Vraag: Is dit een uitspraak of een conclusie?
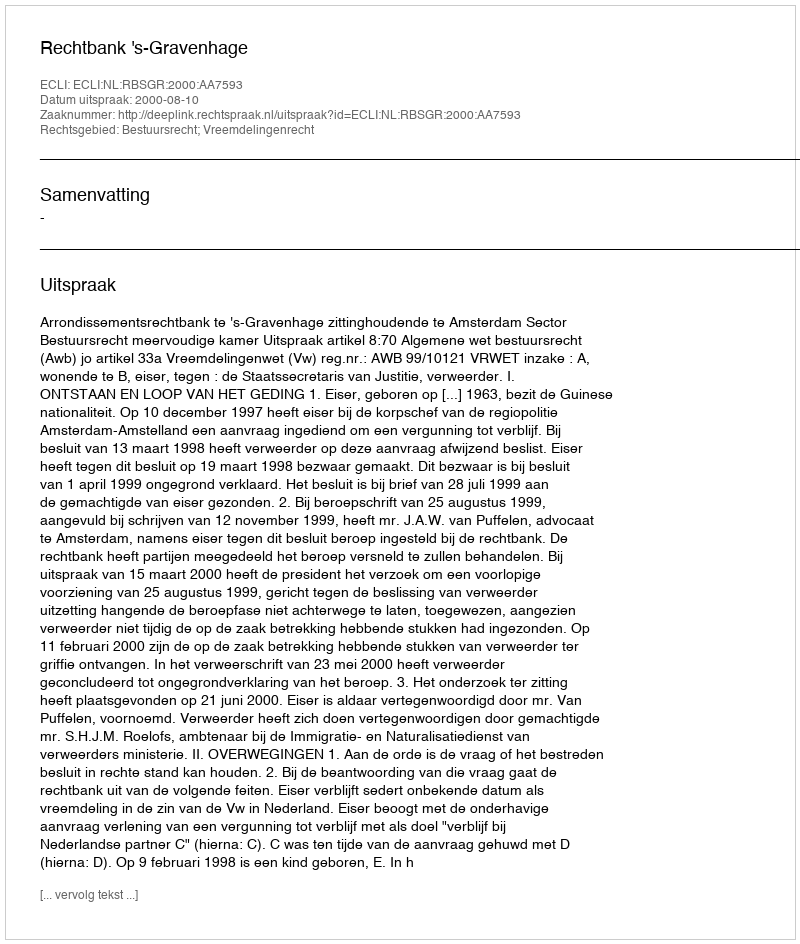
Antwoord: Uitspraak